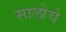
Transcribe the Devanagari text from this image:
सालोचे